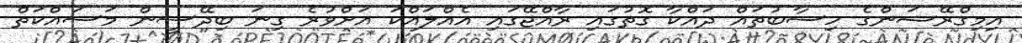
އިމިގްރޭޝަންގެ ހިސާބުތައް ދައްކާ ގޮތުގައި ރާއްޖޭގައި އެއްލައްކަ އަށްވުރެ ގިނަ ބިދޭސީން މަސައްކަތް